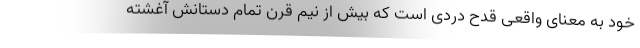
خود به معنای واقعی قدح دُردی است که بیش از نیم قرن تمام دستانش آغشته